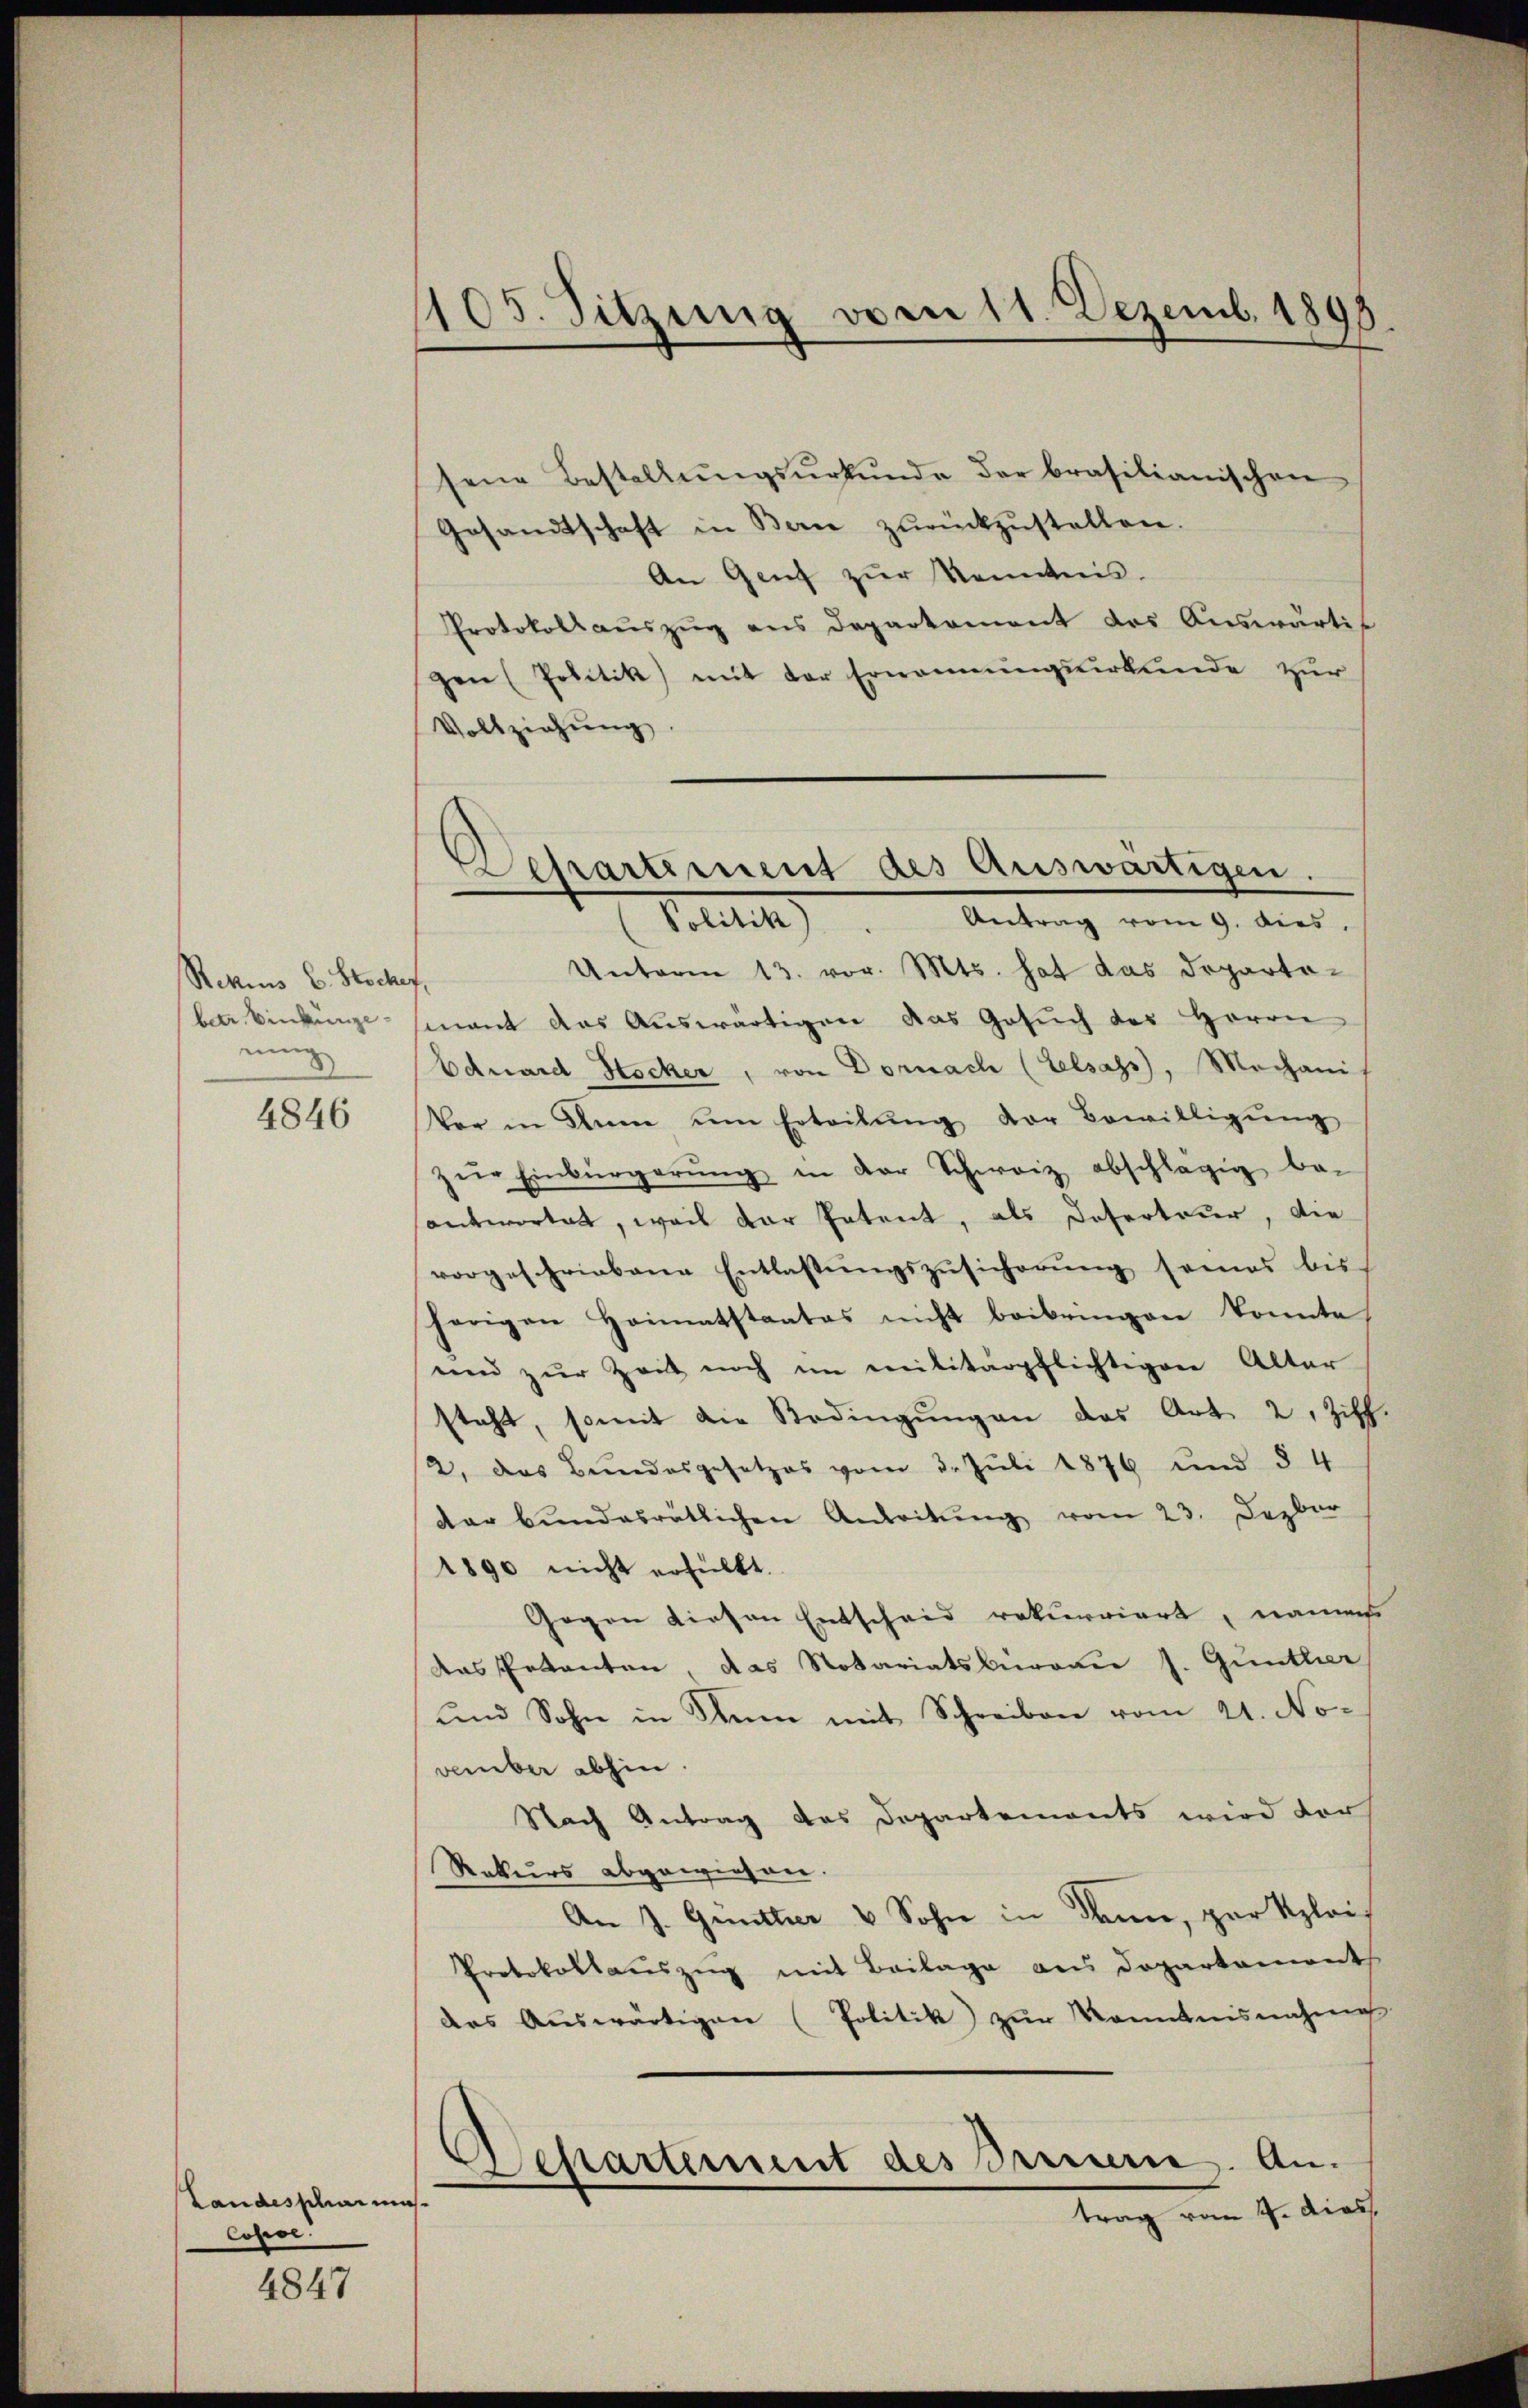
Rettins E. Stocher
ber. Vinkunge
nung

4846

Landessharmas
Copve.

4847

105. Sitzung vom 11. Dezemb. 1895

Departement des Auswärtigen.
Antrag vom 9. dies,
Petitel

sene Bestellŭngsŭrkŭnde der brasilianischen
Gesandtschaft in Bern zŭrückzŭstellen.
An Genf zŭr Kenntnis.
Protokoll aŭszŭg ans Departement das Auswärti
gen (Politik mit der Ernennungsurkunde zur
Vollziehung.
Unterm 13. vor. Mts. hat das Departot
mant das Auswärtigen das Gesuch des Herrn
Eduard Hocker, von Dornach (Elsass, Mechani
Vor in Rum um Erteilŭng der Bewilligŭng
zŭr Einbürgerŭng in der Schweiz abschlägig be-
antwortet, weil der Petent, als Deserteur, die
vorgeschriebene Entlassŭngszŭsicherŭng seines bis-
herigen Heimatstaates nicht beibringen konnte,
und zur Zeit noch im militärpflichtigen Alter
steht, somit die Bedingŭngen das Art. 2, Ziff.
2. das Bŭndesgesetzes vom 3. Jŭli 1876 und § 4
dar bŭndesrätlichen Anleitŭng vom 23. Jezber
1890 nicht erfüllt.
Gegen diesen Entscheid rekurriert, namens
das Petenten, das Notariatsbüreau s. Günther
und Sohn in Rum mit Schreiben vom 21. November abhin.
Nach Antrag des Departements wird der
Rekurs abgewiesen.
An J. Quittier & Sohn in danne, par Klei¬
Protokollauszug mit Beilage aus Dopartament
das Aŭswärtigen (Politik zŭr Kenntnisnahme
Departement des Brennere. Antrag vom 4. dies